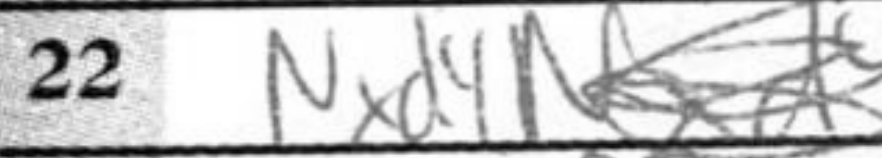
Transcription: Nxd4